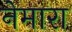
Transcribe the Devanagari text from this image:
नेमारा